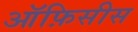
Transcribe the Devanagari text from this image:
ऑफ़िसीस